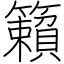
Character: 籟